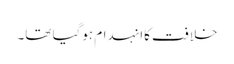
خلافت کاانہدام ہوگیا تھا۔